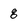
Character: g